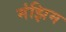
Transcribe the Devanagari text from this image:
मंझिम